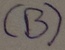
Text: (B)